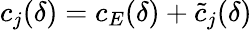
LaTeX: c_{j}(\delta)=c_{E}(\delta)+\tilde{c}_{j}(\delta)